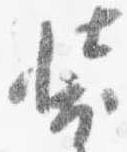
装